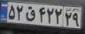
۵۲ق۴۲۲۲۹